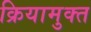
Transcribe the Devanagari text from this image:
क्रियामुक्त